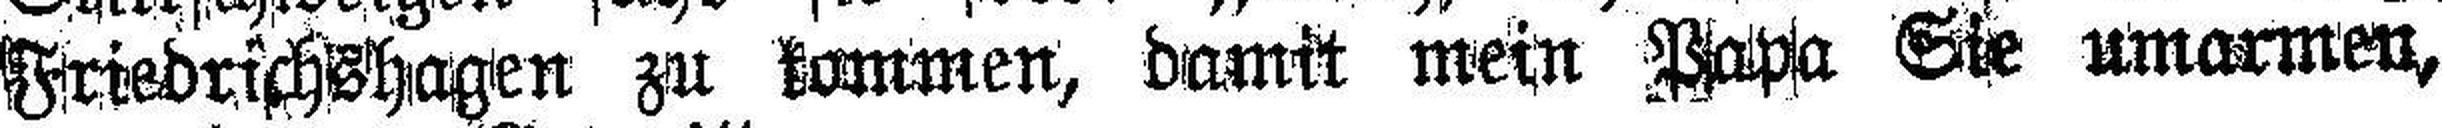
Friedrichshagen zu kommen, damit mein Papa Sie umarmen,